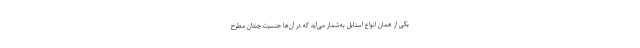
یکی از همان انواع استایل به‌شمار می‌آید که در آن‌ها جنسیت چندان مطرح